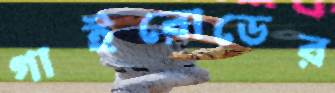
গাইরোডের